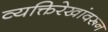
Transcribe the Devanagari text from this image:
व्यक्तिरेखांवरून